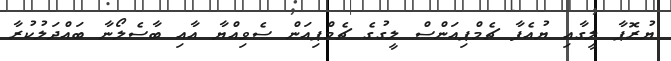
ޔުރޮޕާ ލީގާއި ޔުއެފާ ޗެމްޕިއަންސް ލީގުގެ ޗެމްޕިއަން ސެވިއްޔާ އާއި ބާސެލޯނާ ބައްދަލުކުރާ